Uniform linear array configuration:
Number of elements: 48
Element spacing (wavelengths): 0.25
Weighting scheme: exponential
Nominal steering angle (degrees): -30
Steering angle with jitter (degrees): -28.196
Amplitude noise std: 0.05
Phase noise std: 0.05

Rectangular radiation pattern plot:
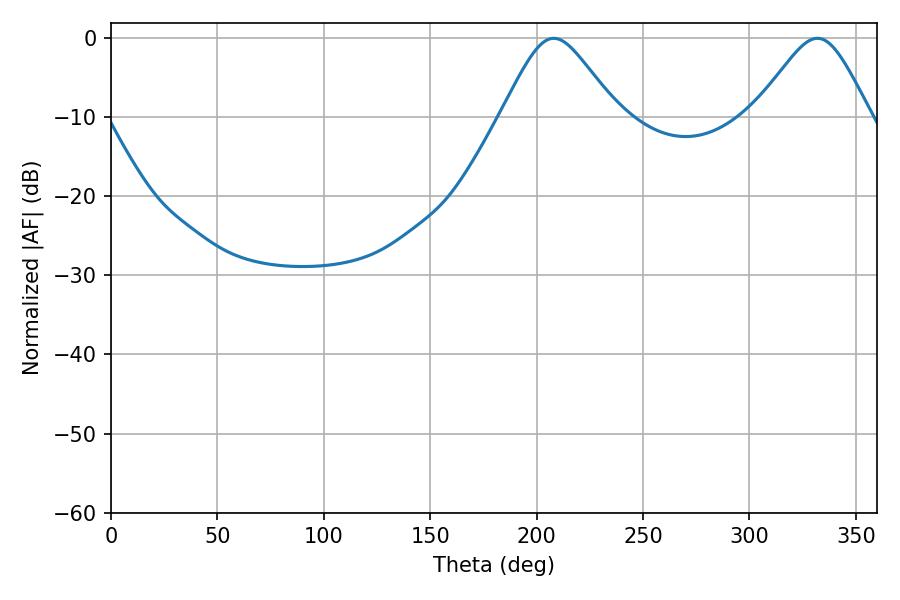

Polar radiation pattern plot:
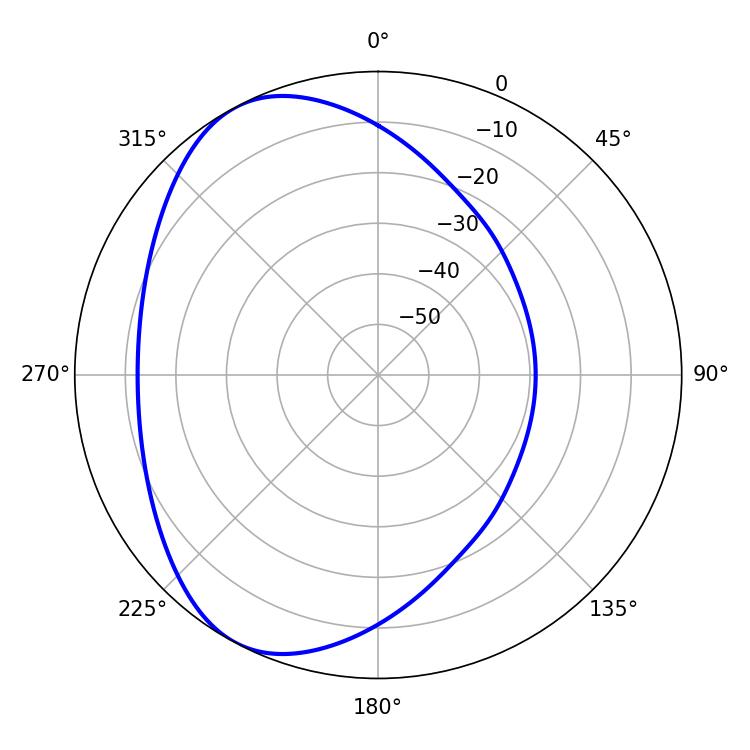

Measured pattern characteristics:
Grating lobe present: FALSE
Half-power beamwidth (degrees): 26.46
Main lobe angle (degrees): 208.08